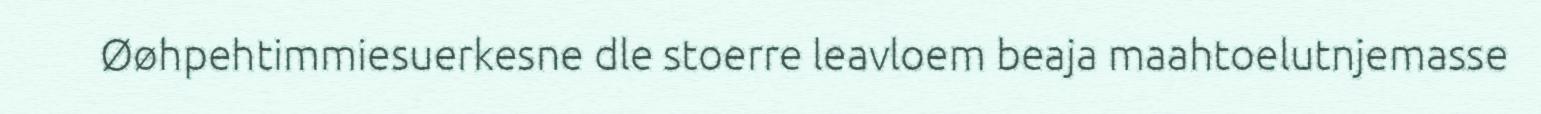
Øøhpehtimmiesuerkesne dle stoerre leavloem beaja maahtoelutnjemasse